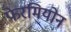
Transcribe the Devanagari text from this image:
फेरमियोन